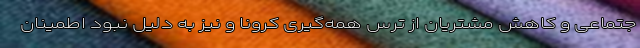
جتماعی و کاهش مشتریان از ترس همه‌گیری کرونا و نیز به دلیل نبود اطمینان